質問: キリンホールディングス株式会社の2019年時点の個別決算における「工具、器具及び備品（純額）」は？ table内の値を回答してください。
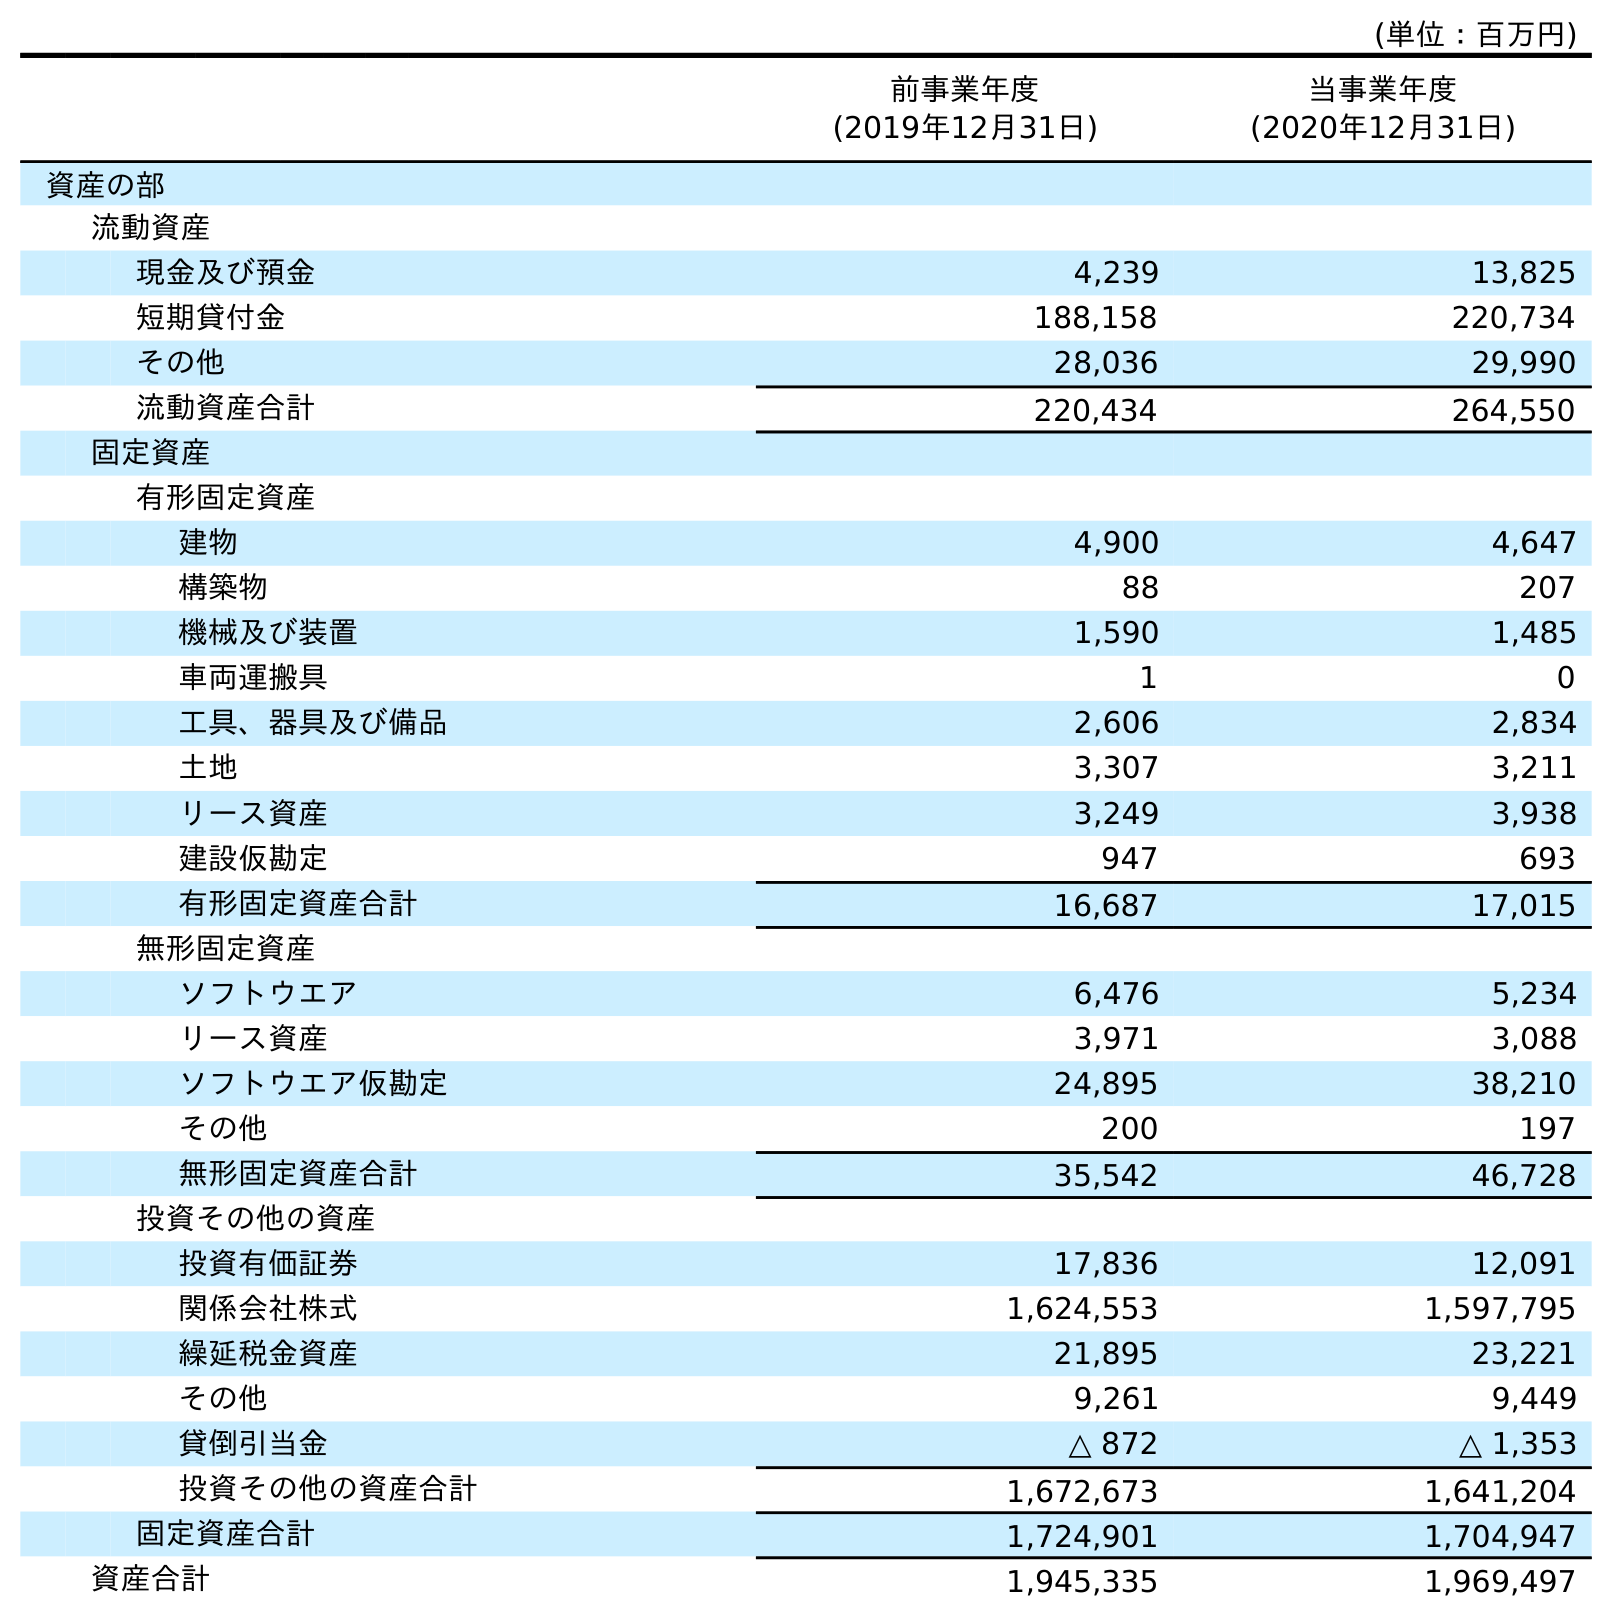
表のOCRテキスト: (単位：百万円) 前事業年度 (2019年12月31日) 当事業年度 (2020年12月31日) 資産の部 流動資産 現金及び預金 4,239 13,825 短期貸付金 188,158 220,734 その他 28,036 29,990 流動資産合計 220,434 264,550 固定資産 有形固定資産 建物 4,900 4,647 構築物 88 207 機械及び装置 1,590 1,485 車両運搬具 1 0 工具、器具及び備品 2,606 2,834 土地 3,307 3,211 リース資産 3,249 3,938 建設仮勘定 947 693 有形固定資産合計 16,687 17,015 無形固定資産 ソフトウエア 6,476 5,234 リース資産 3,971 3,088 ソフトウエア仮勘定 24,895 38,210 その他 200 197 無形固定資産合計 35,542 46,728 投資その他の資産 投資有価証券 17,836 12,091 関係会社株式 1,624,553 1,597,795 繰延税金資産 21,895 23,221 その他 9,261 9,449 貸倒引当金 △ 872 △ 1,353 投資その他の資産合計 1,672,673 1,641,204 固定資産合計 1,724,901 1,704,947 資産合計 1,945,335 1,969,497
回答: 2,606